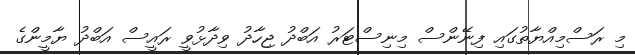
މި ރަސްމިއްޔާތުގައި ފިނޭންސް މިނިސްޓަރު އަބްދު ޖިހާދު ވިދާޅުވީ ރައީސް އަބްދު ޔާމީންގެ